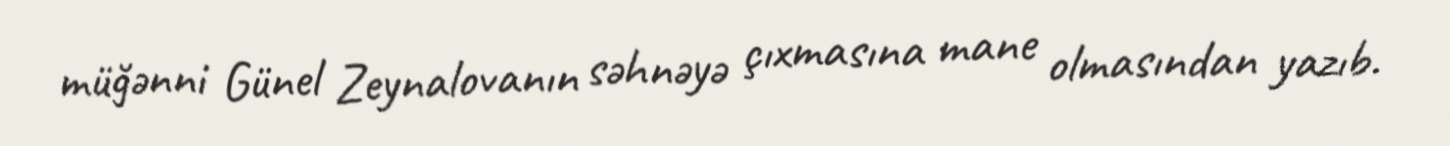
müğənni Günel Zeynalovanın səhnəyə çıxmasına mane olmasından yazıb.